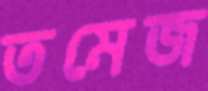
তমেজ